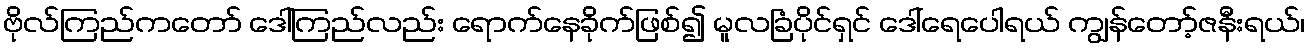
ဗိုလ်ကြည်ကတော် ဒေါ်ကြည်လည်း ရောက်နေခိုက်ဖြစ်၍ မူလခြံပိုင်ရှင် ဒေါ်ရေပေါရယ် ကျွန်တော့်ဇနီးရယ်၊